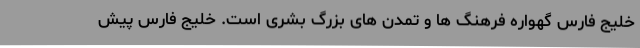
خلیج فارس گهواره فرهنگ ها و تمدن های بزرگ بشری است. خلیج فارس پیش